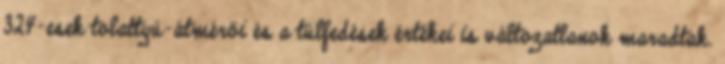
324-esek tolattyú-átmérői és a túlfedések értékei is változatlanok maradtak.